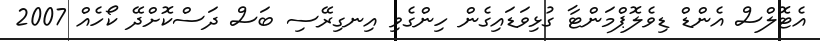
އެޓޮލްސް އެންޑް ޑިވެލޮޕްމަންޓާ ގުޅިވަޑައިގެން ހިންގެވި އިނގިރޭސި ބަސް ދަސްކޮށްދޭ ކޯހެއް 2007